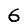
Digit: 6